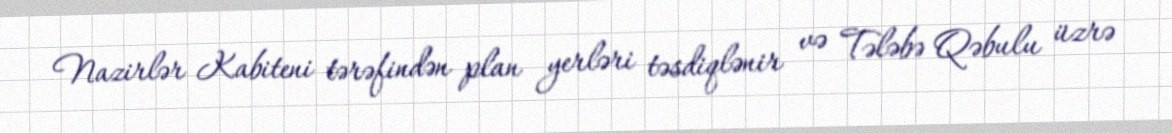
Nazirlər Kabiteni tərəfindən plan yerləri təsdiqlənir və Tələbə Qəbulu üzrə